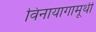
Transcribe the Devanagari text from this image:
विनायागामूर्थी